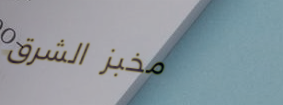
مخبز الشرق